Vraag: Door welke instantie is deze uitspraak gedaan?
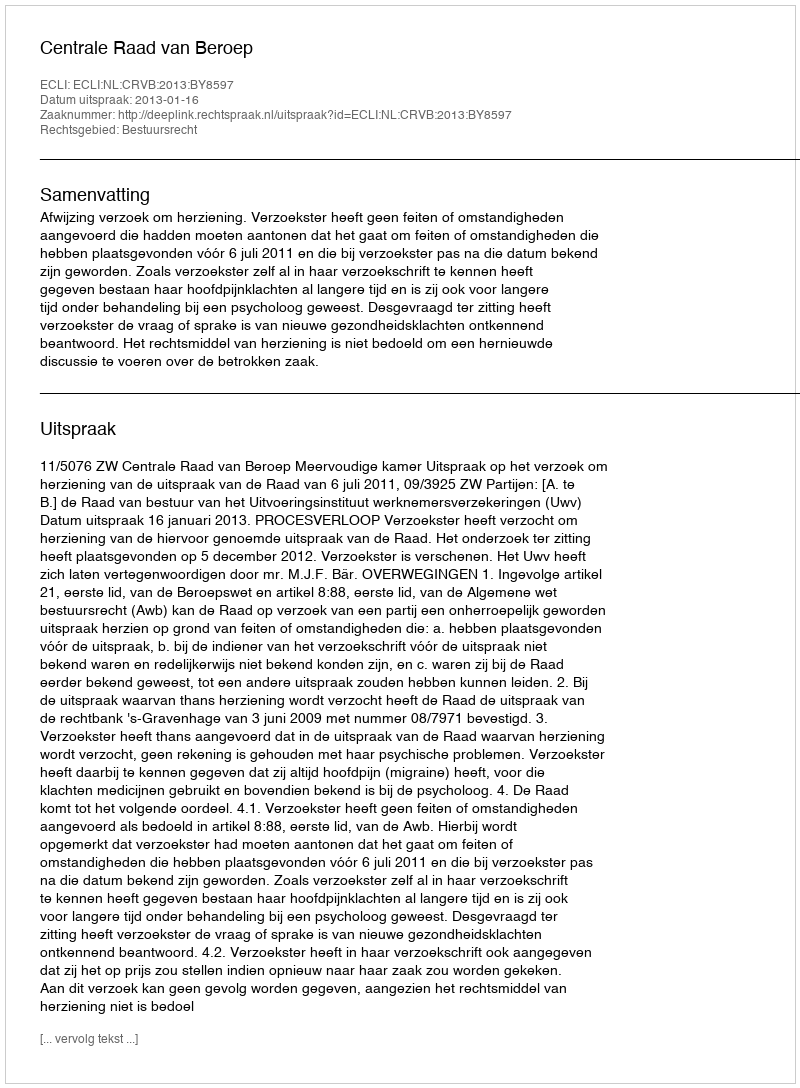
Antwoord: Centrale Raad van Beroep